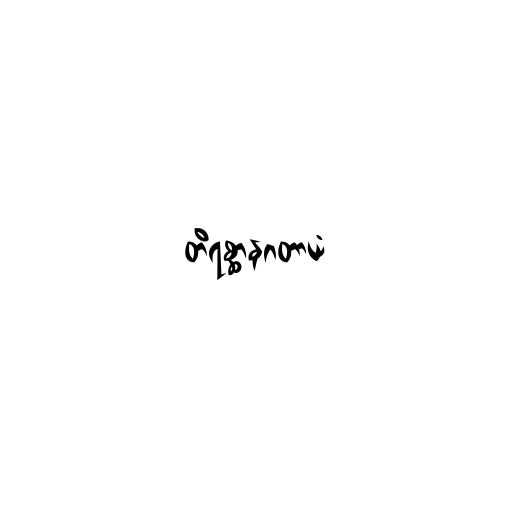
တိရစ္ဆာနဂတာယံ